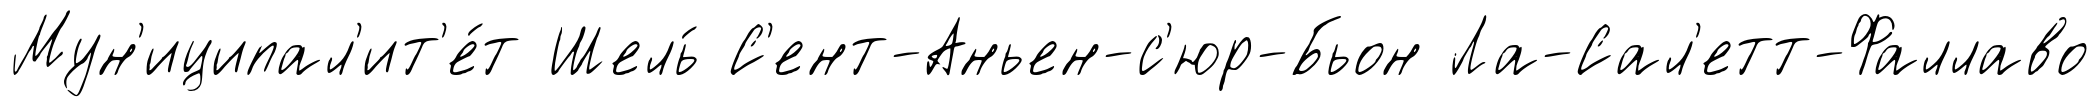
Мун'иципал'ит'е́т Шель́ С'ент-Аньен-с'юр-Бьон Ла-Сал'етт-Фаллаво